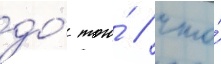
до́ того́ / что́